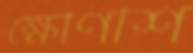
ক্ষৌণীশ